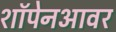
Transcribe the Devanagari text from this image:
शॉपेनआवर